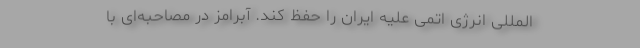
‌المللی انرژی اتمی علیه ایران را حفظ کند. آبرامز در مصاحبه‌ای با